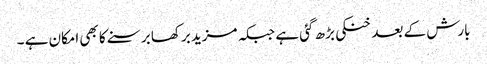
بارش کے بعد خنکی بڑھ گئی ہے جبکہ مزید برکھا برسنے کا بھی امکان ہے ۔